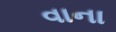
વાના